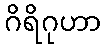
ဂိရိဂုဟာ